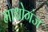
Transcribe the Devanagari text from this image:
माधोगंज